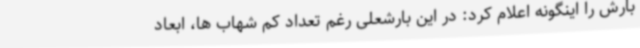
بارش را اینگونه اعلام کرد: در این بارشعلی رغم تعداد کم شهاب ها، ابعاد